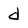
Character: d